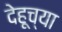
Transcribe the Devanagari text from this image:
देहूच्या